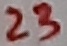
Text: 23